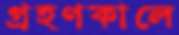
গ্রহণকালে